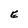
Character: E